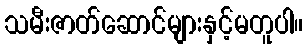
သမီးဇာတ်ဆောင်များနှင့်မတူပါ။